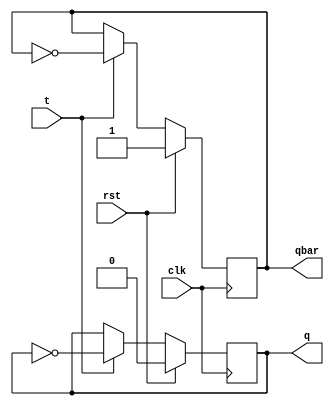
`timescale 1ns / 1ps
//////////////////////////////////////////////////////////////////////////////////
// Company: 
// Engineer: 
// 
// Design Name: 
// Module Name:    t_ff 
// Project Name: 
// Target Devices: 
// Tool versions: 
// Description: 
//
// Dependencies: 
//
// Revision: 
// Revision 0.01 - File Created
// Additional Comments: 
//
//////////////////////////////////////////////////////////////////////////////////
module t_ff(
    input t,clk,rst,
    output reg q,qbar
    );

always@(negedge clk)
begin

if(rst==1) begin
q=1'b0;qbar=1'b1; end
else
if(t==0) begin
q=q;qbar=qbar; end
else if(t==1) begin
q=~q;qbar=~qbar; end	
end

endmodule